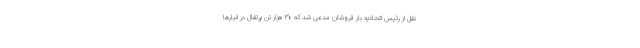
نقل از رئیس اتحادیه بار فروشان مدعی شد که ۳۰ هزار تن پرتقال در انبارها